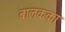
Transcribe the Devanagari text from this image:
बालकका